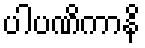
ပါပဏိကာနိ